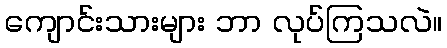
ကျောင်းသားများ ဘာ လုပ်ကြသလဲ။